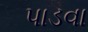
પાડવા